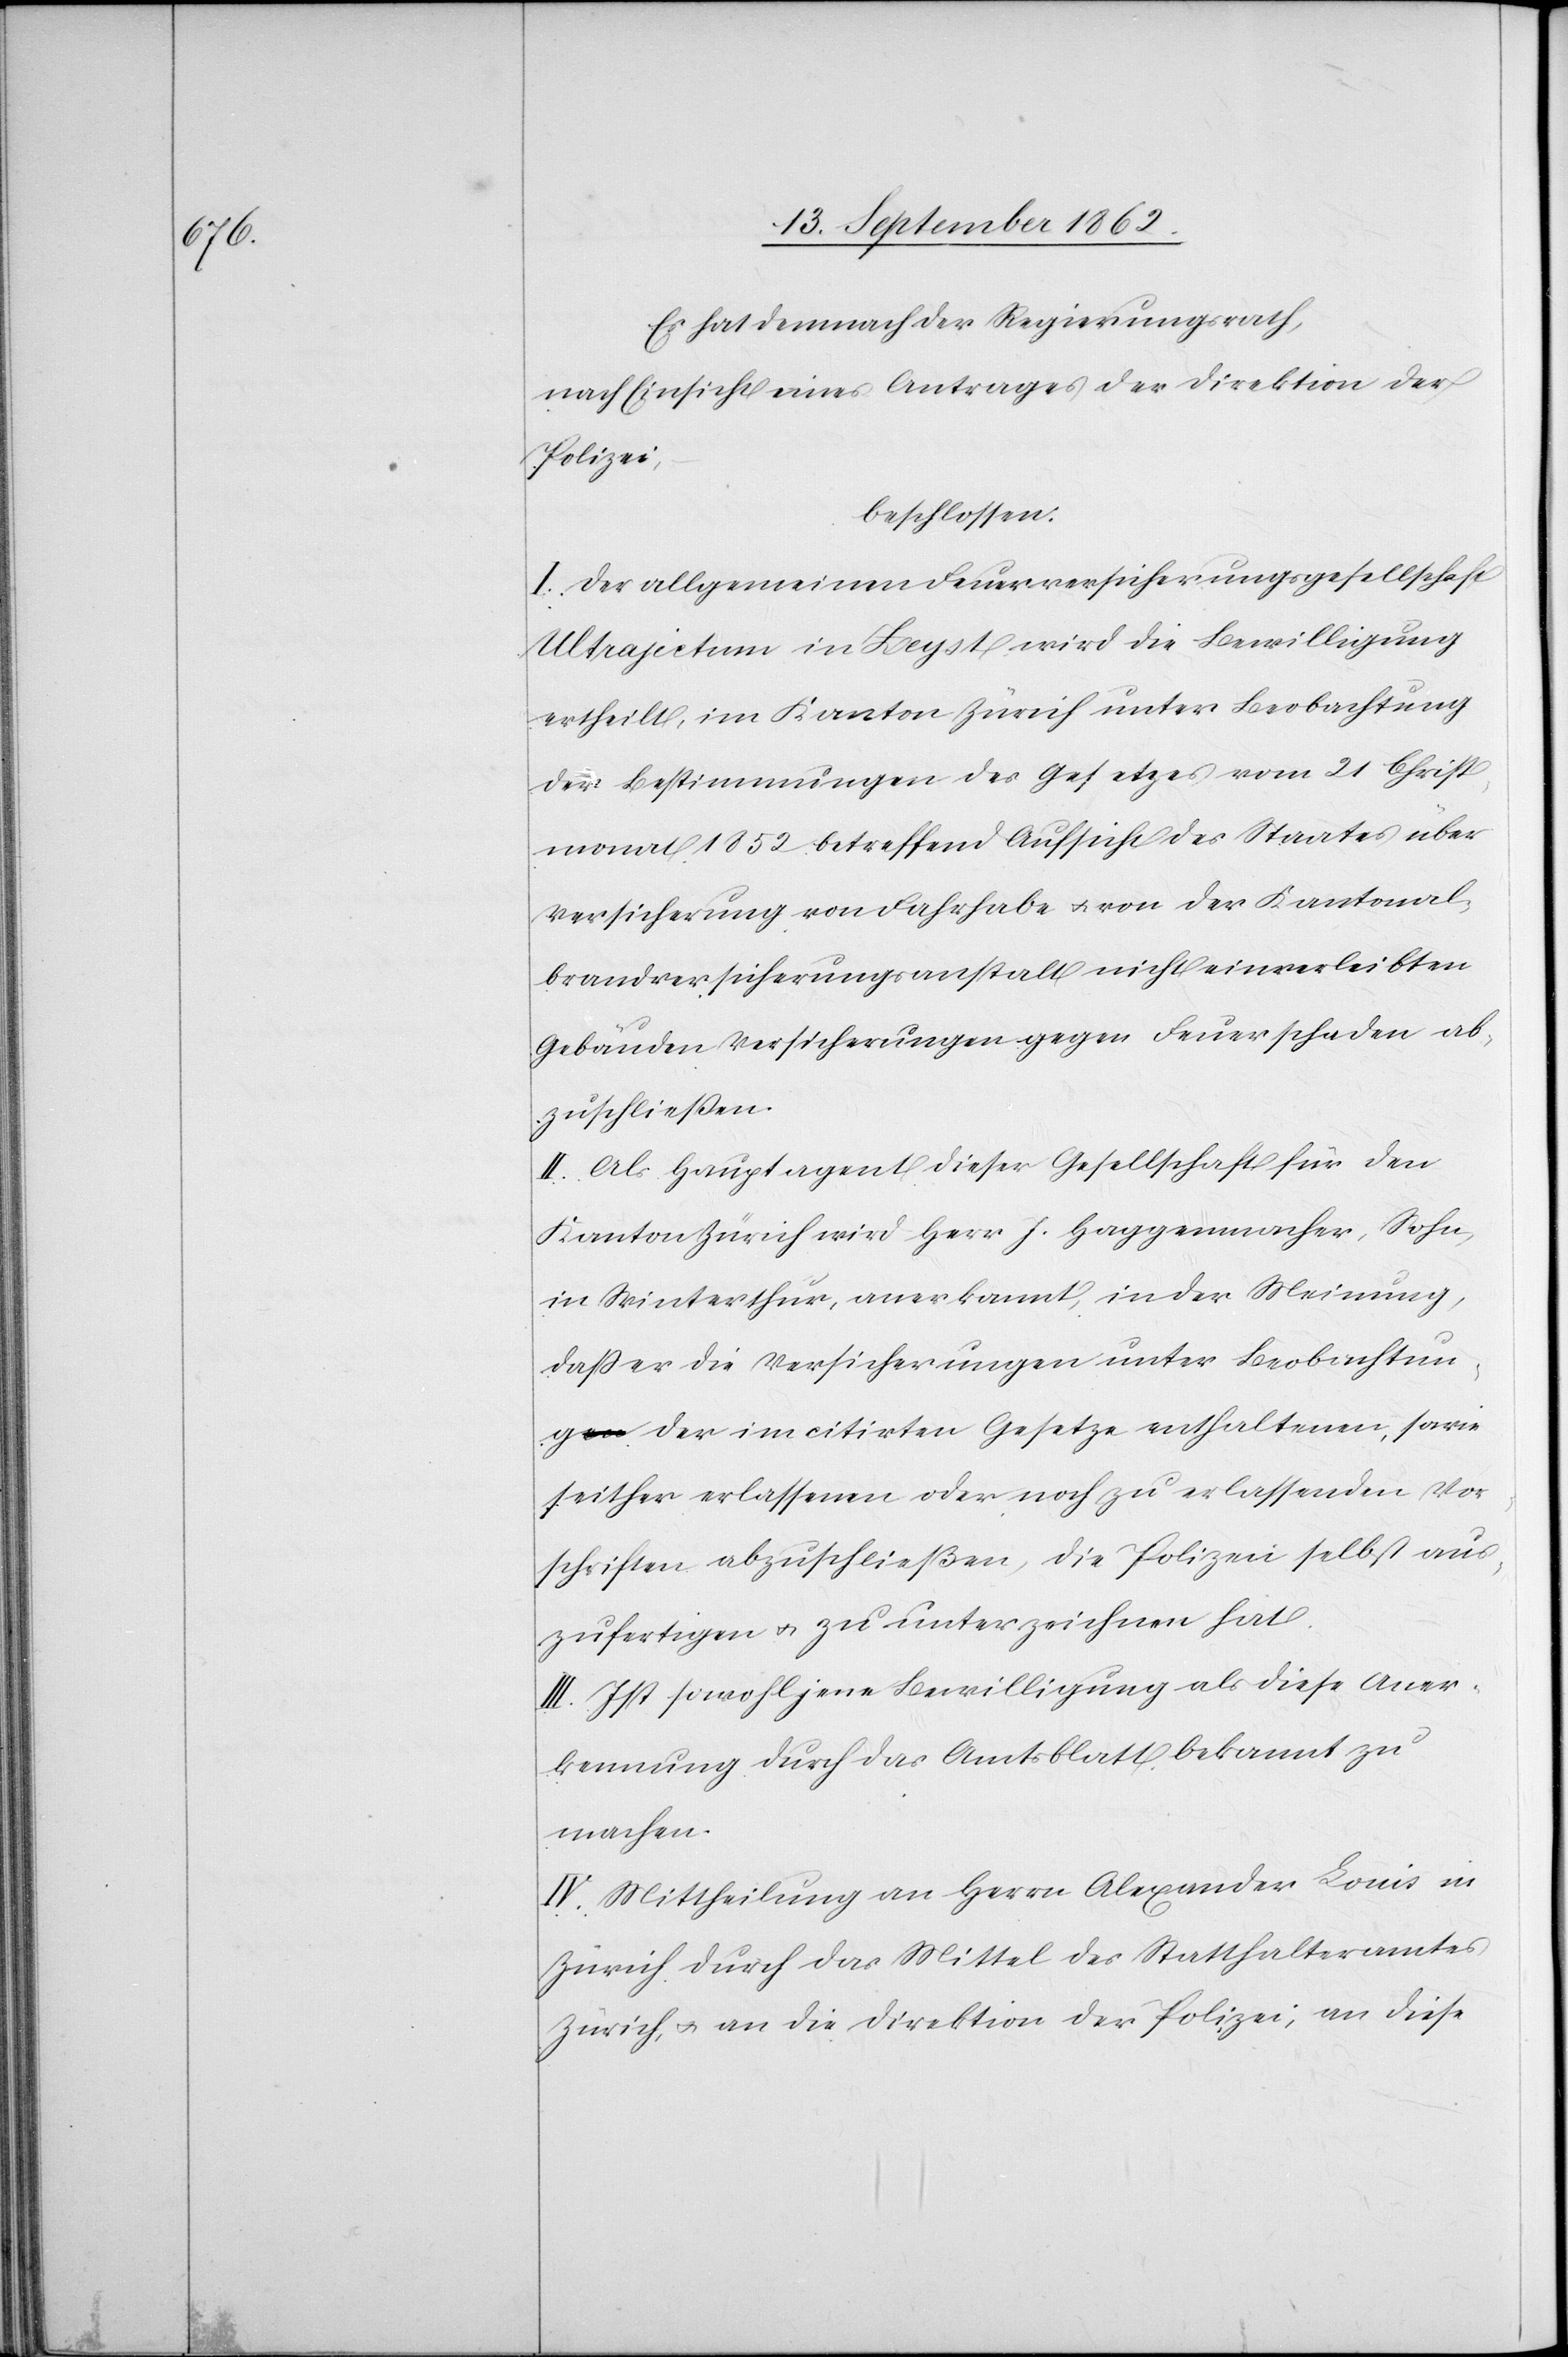
Es hat demnach der Regierungsrath,
nach Einsicht eines Antrages der Direktion der
Polizei,
beschlossen:
I. Der allgemeinen Feuerversicherungsgesellschaft
Ultrajectum in Zeyst wird die Bewilligung
ertheilt, im Kanton Zürich unter Beobachtung
der Bestimmungen des Gesetzes vom 21. Christ¬
monat 1852 betreffend Aufsicht des Staates über
Versicherung von Fahrhabe u. von der Kantonal¬
brandversicherungsanstalt nicht einverleibten
Gebäuden Versicherungen gegen Feuerschaden ab¬
zuschließen.
II. Als Hauptagent dieser Gesellschaft für den
Kanton Zürich wird Herr J. Haggenmacher, Sohn,
in Winterthur, anerkannt, in der Meinung,
daß er die Versicherungen unter Beobachtun¬
g der im citirten Gesetze enthaltenen, sowie
seither erlassenen oder noch zu erlassenden Vor¬
schriften abzuschließen, die Polizei selbst aus¬
zufertigen u. zu unterzeichnen hat.
III. Ist sowohl jene Bewilligung als diese Aner¬
kennung durch das Amtsblatt bekannt zu
machen.
IV. Mittheilung an Herrn Alexander Louis in
Zürich durch das Mittel des Statthalteramtes
Zürich, u. an die Direktion der Polizei, an diese